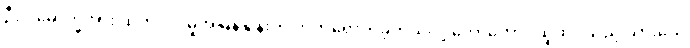
ဦးပါမောက္ခအား ထုတ်လုပ်မှုအမြန်နှုန်းကို တက်ရောက်ခဲ့တယ်လို့ တောတောင်ထူထပ်သည့် သားသေ